Report on the Nagpur School of Medicine, Central Provinces
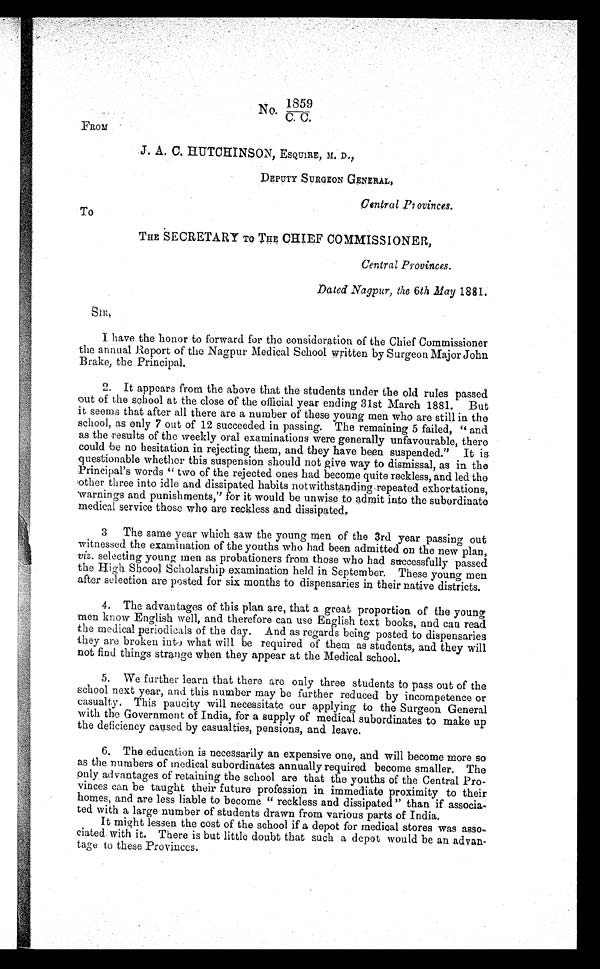
No 1859
C.C
FROM
J. A. C. HUTCHINSON, ESQUIRE, M. D.,
DEPUTY SURGEON GENERAL,
central povinces.
To
THE SECRETARY TO THE CHIEF COMMISSIONER,
Central Provinces.
Dated Nagpur, the 6th May 1881.
SIR
I have the honor to forward for the consideration of the Chief Commissioner
the annual Report of the Nagpur Medical School written by Surgeon Major John
Brake, the Principal.
2. It appears from the above that the students under the old rules passed
out of the school at the close of the official year ending 31st March 1881. But
it seems that after all there are a number of these young men who are still in the
school, as only 7 out of 12 succeeded in passing. The remaining 5 failed, " and
as the results of the weekly oral examinations were generally unfavourable, there
could be no hesitation in rejecting them, and they have been suspended." It is
questionable whether this suspension should not give way to dismissal, as in the
Principal's words "two of the rejected ones had become quite reckless, and led the
other three into idle and dissipated habits notwithstanding repeated exhortations,
warnings and punishments," for it would be unwise to admit into the subordinate
medical service those who are reckless and dissipated.
3 The same year which saw the young men of the 3rd year passing out
witnessed the examination of the youths who had been admitted on the new plan,
viz. selecting young men as probationers from those who had successfully passed
the High Shcool Scholarship examination held in September. These young men
after selection are posted for six months to dispensaries in their native districts.
4. The advantages of this plan are, that a great proportion of the young
men know English well, and therefore can use English text books, and can read
the medical periodicals of the day. And as regards being posted to dispensaries
they are broken into what will be required of them as students, and they will
not find things strange when they appear at the Medical school.
5. We further learn that there are only three students to pass out of the
school next year, and this number may be further reduced by incompetence or
casualty. This paucity will necessitate our applying to the Surgeon General
with the Government of India, for a supply of medical subordinates to make up
the deficiency caused by casualties, pensions, and leave.
6. The education is necessarily an expensive one, and will become more so
as the numbers of medical subordinates annually required become smaller. The
only advantages of retaining the school are that the youths of the Central Pro
- v i n c e s c a n b e t a u g h t t h e i r f u t u r e p r o f e s s i o n i n i m m e d i a t e p r o x i m i t y t o t h e i r
homes, and are less liable to become "reckless and dissipated" than if associa
- t e d w i t h a l a r g e n u m b e r o f s t u d e n t s d r a w n f r o m v a r i o u s p a r t s o f I n d i a .
It might lessen the cost of the school if a depot for medical stores was asso-
ciated with it. There is but little doubt that such a depot would be an
a d v a n - t a g e t o t h e s e P r o v i n c e s .